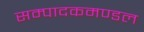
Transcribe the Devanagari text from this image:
सम्पादकमण्डल